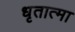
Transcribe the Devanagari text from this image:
धृतात्मा